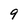
Character: 9